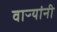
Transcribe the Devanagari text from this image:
वाऱ्यांनी